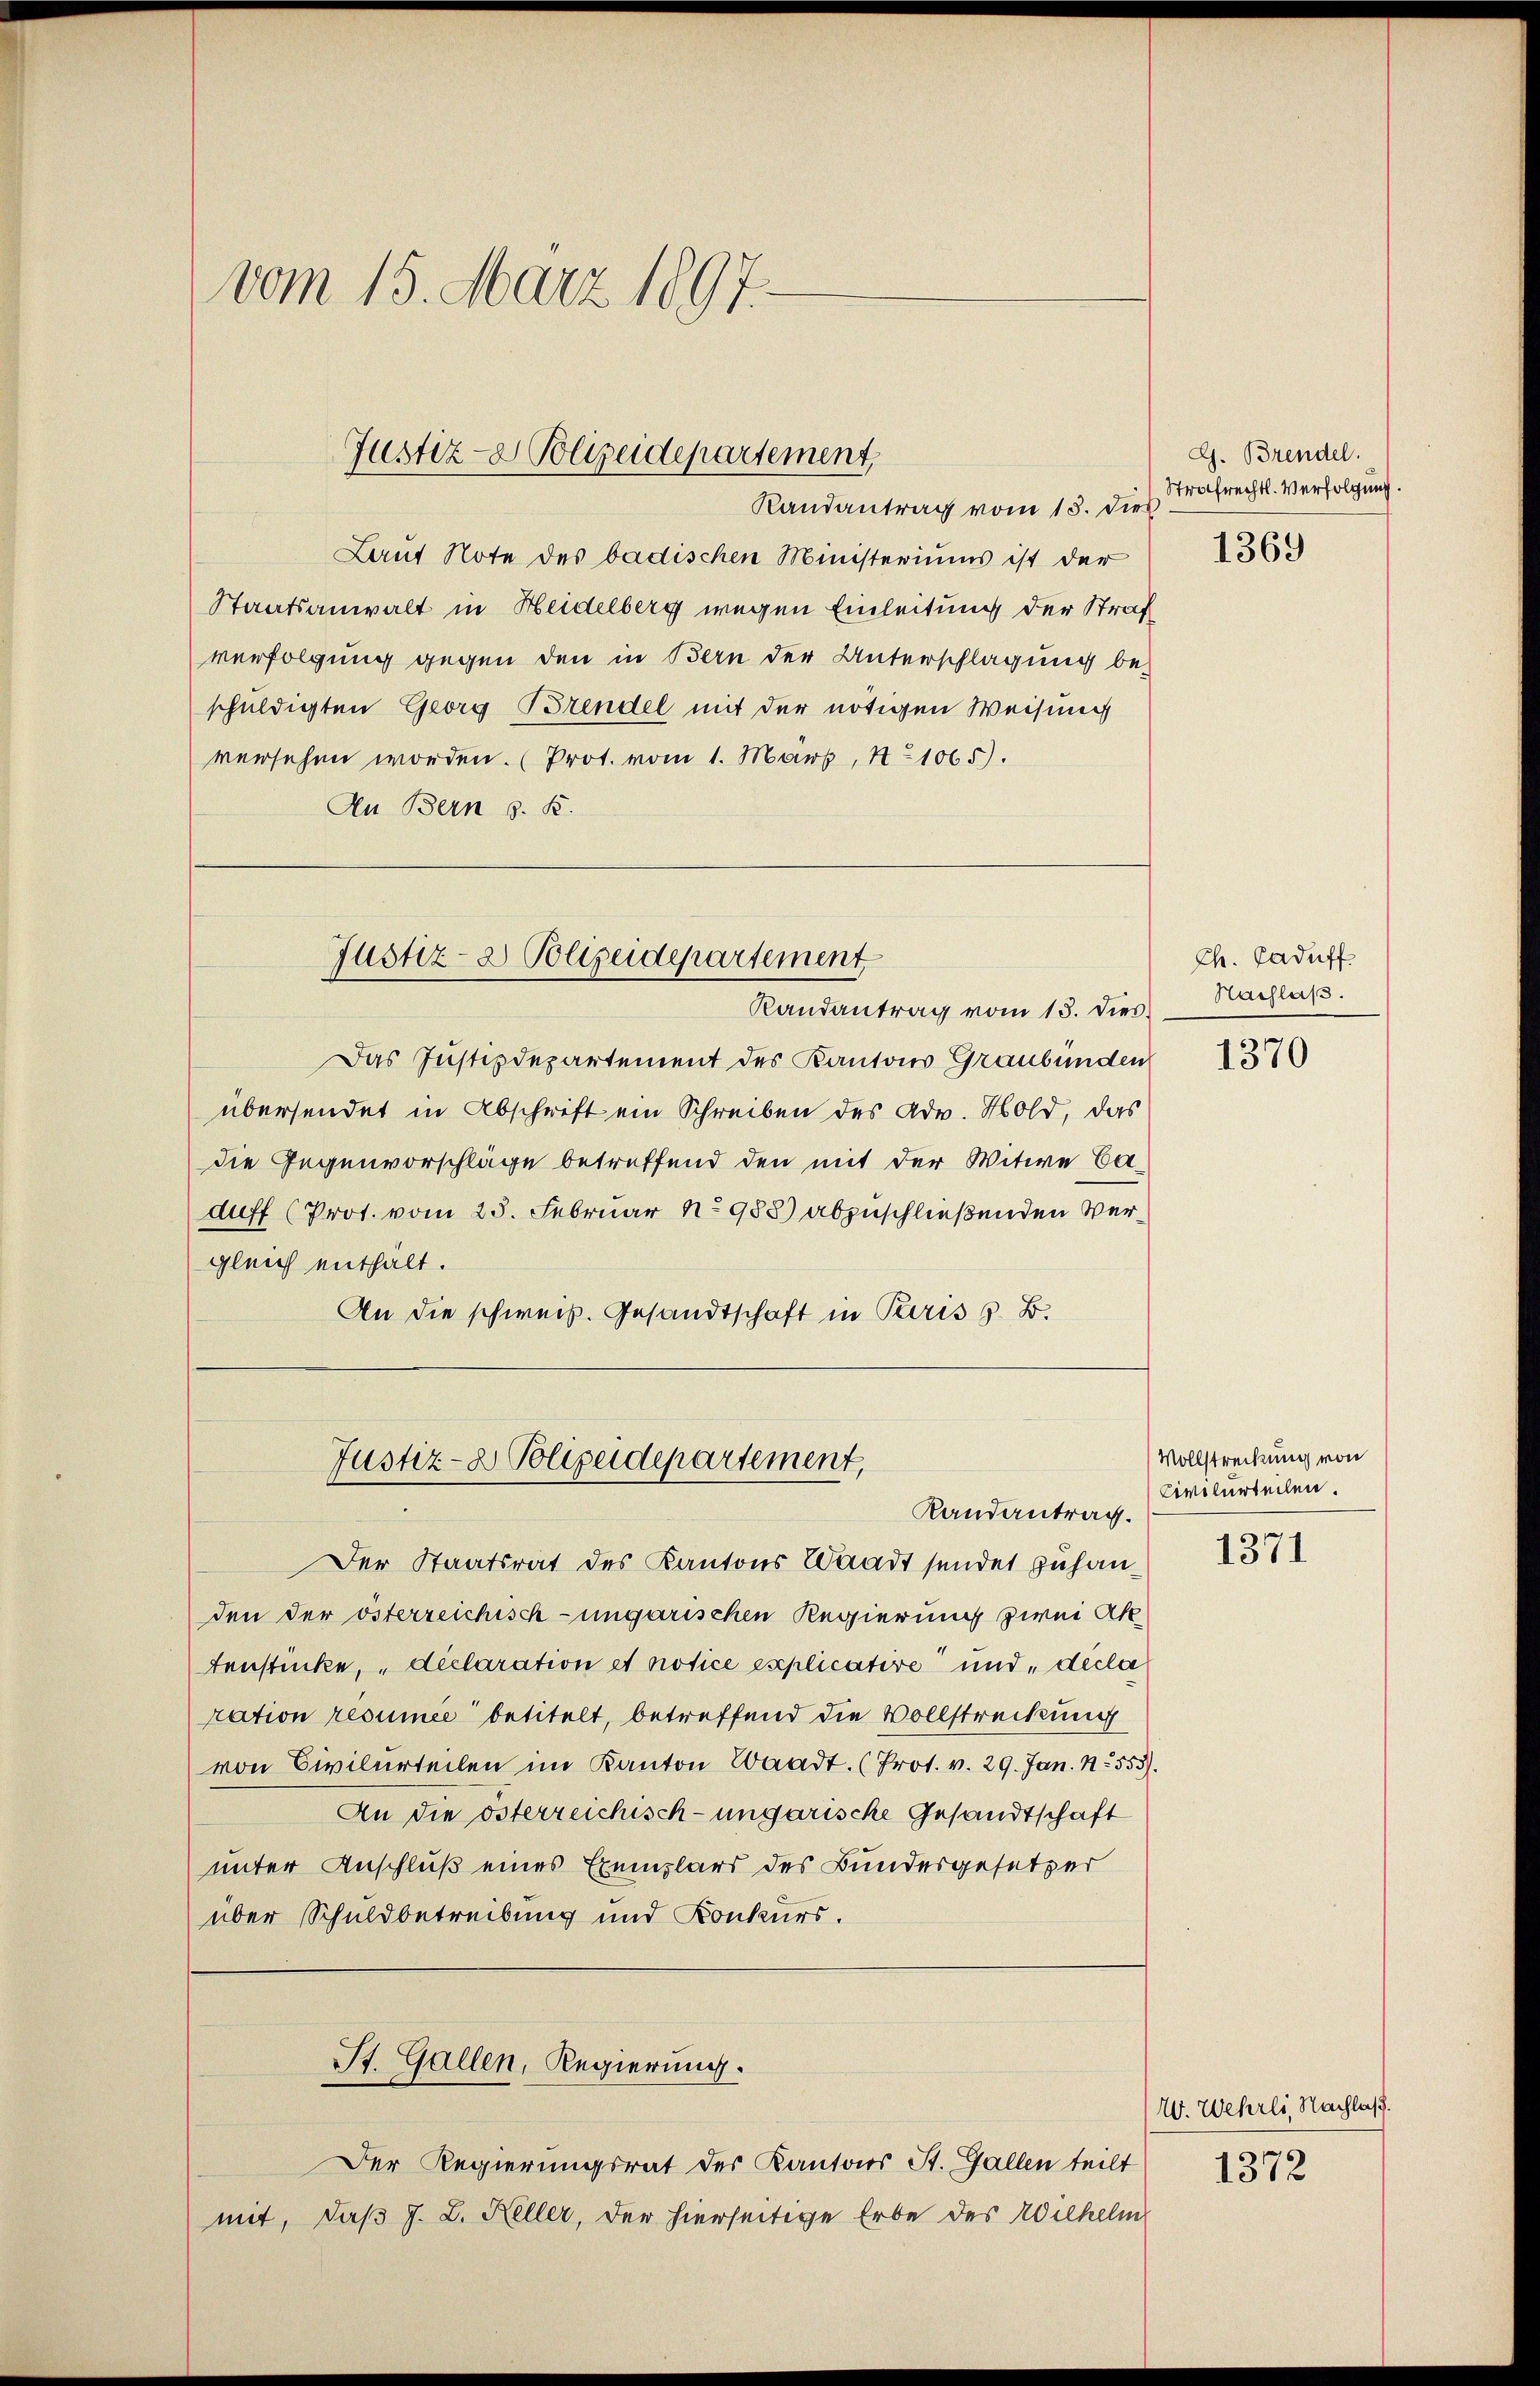
vom 15. März 1897.

Justiz- & Polizeidepartement,
Randantrag vom 13. dies

Lauf Note des badischen Ministeriums ist der
Staatsanwalt in Heidelberg wegen Einleitung der Straf
verfolgung gegen den in Bern der Unterschlagung be-
schuldigten Georg Brendel mit der nötigen Weisung
versehen worden. (Prot. vom 1. Marx, No 1065).
An Bern s. K.
Justiz- & Polizeidepartement
Randantrag vom 13. dies
Das Justizdepartement des Kantons Graubünden
übersendet in Abschrift ein Schreiben des Adv. Hold, das
die Gegenvorschläge betreffend den mit der Witwe Caauff (Prot. vom 28. Februar No 988) abzuschließenden Vergleich enthalt.
An die schweiz. Gesandtschaft in Paris s. B.

Justiz- & Polizeidepartement,
Randantrag.

St. Gallen, Regierung.

Der Regierungsrat der Kantons St. Gallen teilt
mit, daß J. L. Keller, der hierseitige Erbe des Wilhelm

G. Brendel.
Strafrechtl. Verfolgung.
1369

Der Staatsrat des Kantons Waadt sendet zuhanden der österreichisch-ungarischen Regierung zwei Ak
tenstücke, declaration et notice explicative und, decla
ration resumee betitelt, betreffend die Vollstreckung
von Civilurteilen im Kanton Waadt. (Prot. v. 29. Jan. 1553).
An die österreichisch-ungarische Gesandtschaft
unter Anschluß eines Exemplars des Bundesgesetzer
über Schuldbetreibung und Konkurs.

Ch. Caduff.
Nachlaß.

1370

Vollstreckung von
Civilurteilen.

1371

W. Wehrli, Nachlaß.
1372